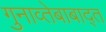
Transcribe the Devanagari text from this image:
गुनाव्तेबाबाद्त